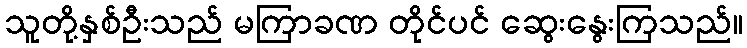
သူတို့နှစ်ဦးသည် မကြာခဏ တိုင်ပင် ဆွေးနွေးကြသည်။